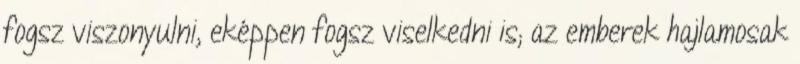
fogsz viszonyulni, eképpen fogsz viselkedni is; az emberek hajlamosak